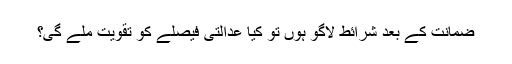
ضمانت کے بعد شرائط لاگو ہوں تو کیا عدالتی فیصلے کو تقویت ملے گی؟